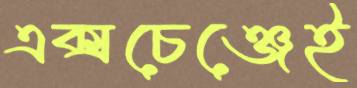
এক্সচেঞ্জেই